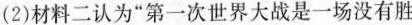
(2)材料二认为“第一次世界大战是一场没有胜